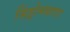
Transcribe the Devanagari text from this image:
सिंड्रोमबताए